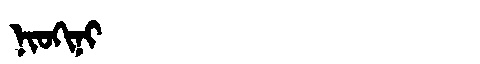
Manchu: ᠨᡳᠣᡴᡳᠨᡳ
Romanization: NIOKINI